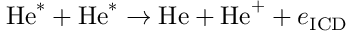
\mathrm { H e } ^ { * } + \mathrm { H e } ^ { * } \rightarrow \mathrm { H e } + \mathrm { H e } ^ { + } + e _ { \mathrm { I C D } }